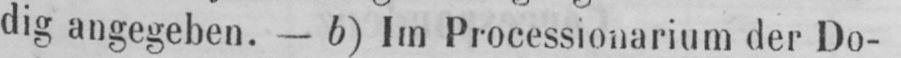
dig angegeben. - b) Im Processionarium der Do-